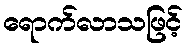
ရောက်လာသဖြင့်